Report on vaccination in the Province of Bengal - 1869-1873
Year: 1869
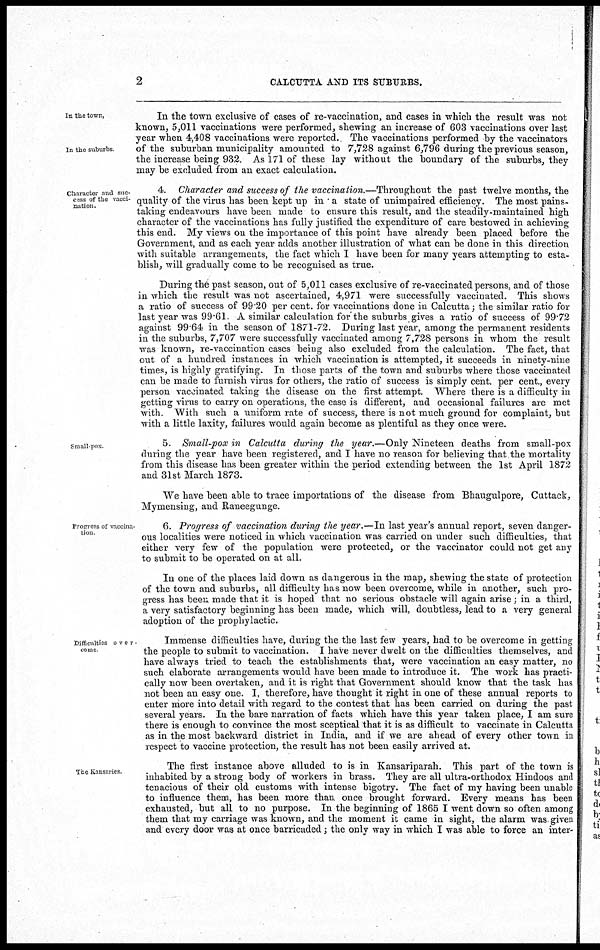
2
CALCUTTA AND ITS SUBURBS.
In the town,
In the suburbs
In the town exclusive of cases of re-vaccination, and cases in which the result was not
known, 5,011 vaccinations were performed, shewing an increase of 603 vaccinations over last
year when 4,408 vaccinations were reported. The vaccinations performed by the vaccinators
of the suburban municipality amounted to 7,728 against 6,796 during the previous season,
the increase being 932. As 171 of these lay without the boundary of the suburbs, they
may be excluded from an exact calculation.
Character and suc-
cess of the vacci¬
nation.
4. Character and success of the vaccination.—Throughout
the past twelve months, the
quality of the virus has been kept up in a state of unimpaired efficiency. The most pains-
taking endeavours have been made to ensure this result, and the steadily-maintained high
character of the vaccinations has fully justified the expenditure of care bestowed in achieving
this end. My views on the importance of this point have already been placed before the
Government, and as each year adds another illustration of what can be done in this direction
with suitable arrangements, the fact which I have been for many years attempting to esta-
blish, will gradually come to be recognised as true.
During the past season, out of 5,011 cases exclusive of re-vaccinated persons, and of those
in which the result was not ascertained, 4,971 were successfully vaccinated. This shows
a ratio of success of 99 20 per cent. for vaccinations done in Calcutta; the similar ratio for
last year was 99.61. A similar calculation for the suburbs gives a ratio of success of 99.72
against 99.64 in the season of 1871-72. During last year, among the permanent residents
in the suburbs, 7,707 were successfully vaccinated among 7,728 persons in whom the result
was known, re-vaccination cases being also excluded from the calculation. The fact, that
out of a hundred instances in which vaccination is attempted, it succeeds in ninety-nine
times, is highly gratifying. In those parts of the town and suburbs where those vaccinated
can be made to furnish virus for others, the ratio of success is simply cent. per cent., every
person vaccinated taking the disease on the first attempt. Where there is a difficulty in
getting virus to carry on operations, the case is different, and occasional failures are met
with. With such a uniform rate of success, there is not much ground for complaint, but
with a little laxity, failures would again become as plentiful as they once were.
Small-pox
5. Small-pox in Calcutta during the year.—Only Nineteen deaths from small-pox
during the year have been registered, and I have no reason for believing that the mortality
from this disease has been greater within the period extending between the 1st April 1872
and 31st March 1873.
We have been able to trace importations of the disease from Bhaugulpore, Cuttack,
Mymensing, and Raneegunge.
Progress of vaccina-
tion
6. Progress of vaccination during the year.—In last year's annual report, seven danger-
ous localities were noticed in which vaccination was carried on under such difficulties, that
either very few of the population were protected, or the vaccinator could not get any
to submit to be operated on at all.
In one of the places laid down as dangerous in the map, shewing the state of protection
of the town and suburbs, all difficulty has now been overcome, while in another, such pro-
gress has been made that it is hoped that no serious obstacle will again arise; in a third,
a very satisfactory beginning has been made, which will, doubtless, lead to a very general
adoption of the prophylactic.
Difficulties over-
come
Immense difficulties have, during the the last few years, had to be overcome in getting
the people to submit to vaccination. I have never dwelt on the difficulties themselves, and
have always tried to teach the establishments that, were vaccination an easy matter, no
such elaborate arrangements would have been made to introduce it. The work has practi-
cally now been overtaken, and it is right that Government should know that the task has
not been an easy one. I, therefore, have thought it right in one of these annual reports to
enter more into detail with regard to the contest that has been carried on during the past
several years. In the bare narration of facts which have this year taken place, I am sure
there is enough to convince the most sceptical that it is as difficult to vaccinate in Calcutta
as in the most backward district in India, and if we are ahead of every other town in
respect to vaccine protection, the result has not been easily arrived at.
The Kansaries
The first instance above alluded to is in Kansariparah. This part of the town is
inhabited by a strong body of workers in brass. They are all ultra-orthodox Hindoos and
tenacious of their old customs with intense bigotry. The fact of my having been unable
to influence them, has been more than once brought forward. Every means has been
exhausted, but all to no purpose. In the beginning of 1865 I went down so often among
them that my carriage was known, and the moment it came in sight, the alarm was given
and every door was at once barricaded; the only way in which I was able to force an inter-